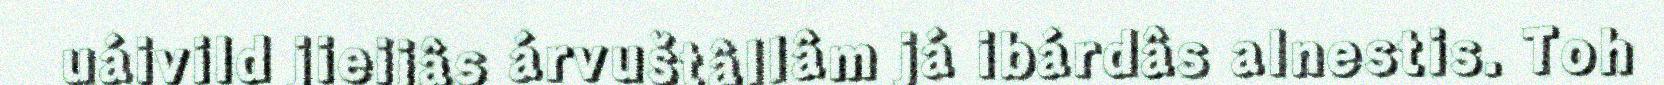
uáivild jieijâs árvuštâllâm já ibárdâs alnestis. Toh